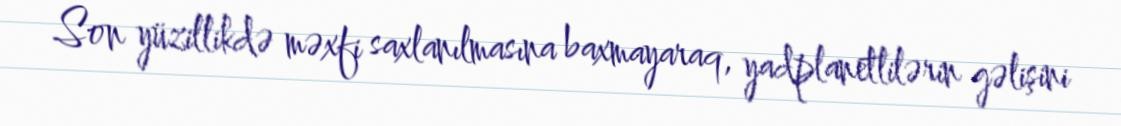
Son yüzillikdə məxfi saxlanılmasına baxmayaraq, yadplanetlilərin gəlişini